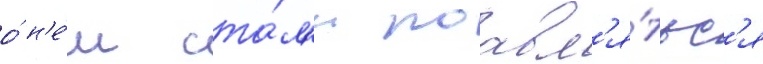
о́ н'е́м ста́л'и поавл'я́тьс'я